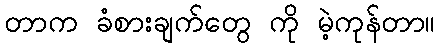
တာက ခံစားချက်တွေ ကို မဲ့ကုန်တာ။